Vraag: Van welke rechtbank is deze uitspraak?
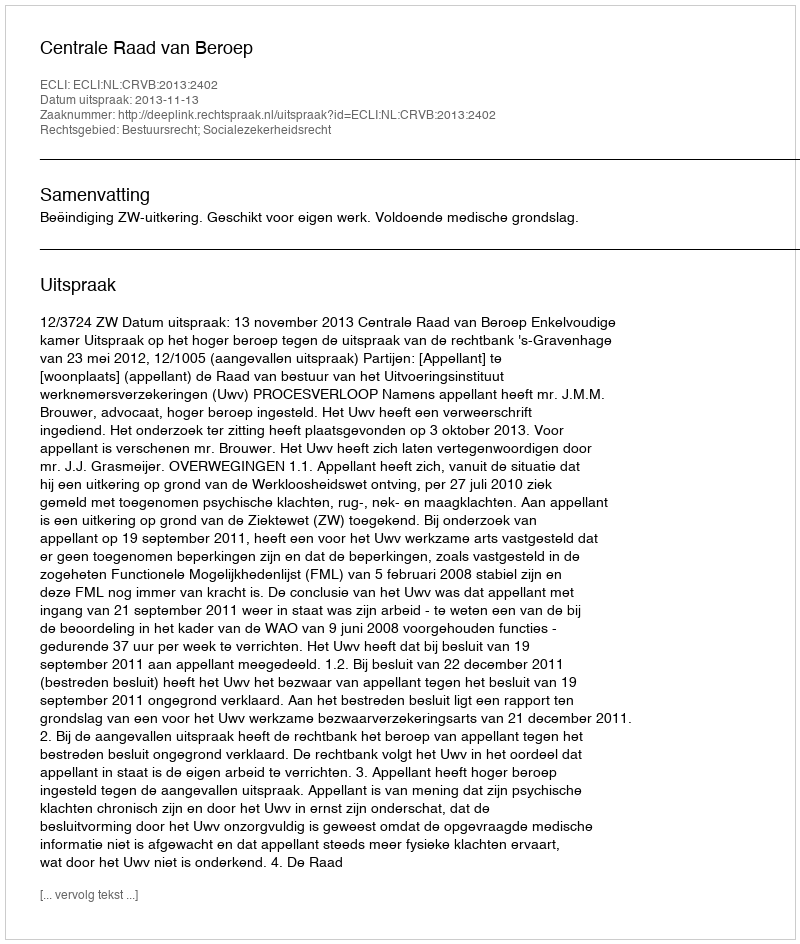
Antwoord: Centrale Raad van Beroep